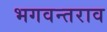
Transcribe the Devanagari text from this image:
भगवन्तराव